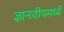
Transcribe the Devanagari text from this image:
ज्ञानदीपमध्ये